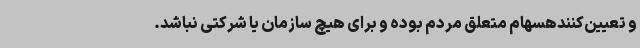
و تعیین‌کنندهسهام متعلق مردم بوده و برای هیچ سازمان یا شرکتی نباشد.